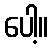
ပေါ့။